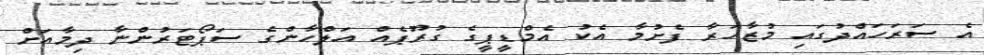
އެ ސަރަހައްދުގައި މުޒާހަރާ ފެށުމާ އެކު އެމްޑީޕީގެ ގުރޫޕެއް އަލްހާންގެ ސަޕޯޓަރުންނާ ދިމާއަށް